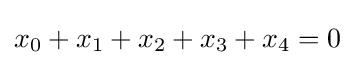
x_{0}+x_{1}+x_{2}+x_{3}+x_{4}=0